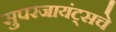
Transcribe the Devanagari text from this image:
सुपरजायंट्सचे